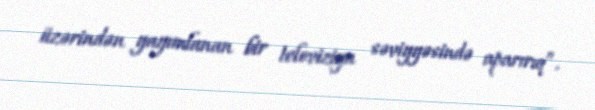
üzərindən yayımlanan bir televiziya səviyyəsində aparırıq”.